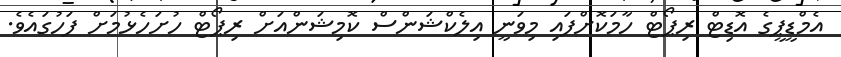
އެމްޑީޕީގެ އޮޑިޓް ރިޕޯޓް ހާމަކޮށްފައި މިވަނީ އިލެކްޝަންސް ކޮމިޝަންއަށް ރިޕޯޓް ހުށަހެޅުމަށް ފަހުގައެވެ.